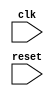
module AHB_controller(
  input wire clk,
  input wire reset,
  // other input signals
  // other output signals
);

// your code here

endmodule